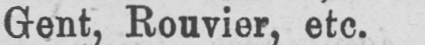
Gent, Rouvier, etc.